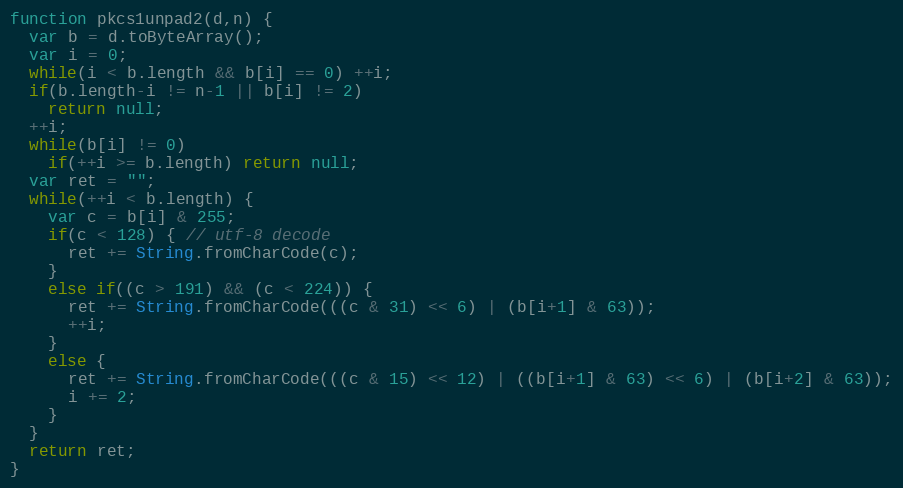
Language: JavaScript
function pkcs1unpad2(d,n) {
  var b = d.toByteArray();
  var i = 0;
  while(i < b.length && b[i] == 0) ++i;
  if(b.length-i != n-1 || b[i] != 2)
    return null;
  ++i;
  while(b[i] != 0)
    if(++i >= b.length) return null;
  var ret = "";
  while(++i < b.length) {
    var c = b[i] & 255;
    if(c < 128) { // utf-8 decode
      ret += String.fromCharCode(c);
    }
    else if((c > 191) && (c < 224)) {
      ret += String.fromCharCode(((c & 31) << 6) | (b[i+1] & 63));
      ++i;
    }
    else {
      ret += String.fromCharCode(((c & 15) << 12) | ((b[i+1] & 63) << 6) | (b[i+2] & 63));
      i += 2;
    }
  }
  return ret;
}